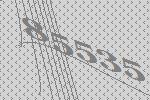
85535